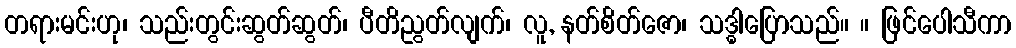
တရားမင်းဟု၊ သည်းတွင်းဆွတ်ဆွတ်၊ ပီတိညွတ်လျက်၊ လူ, နတ်စိတ်ဇော၊ သဒ္ဓါပြောသည်။ ။ ဖြင်ပေါသီကာ